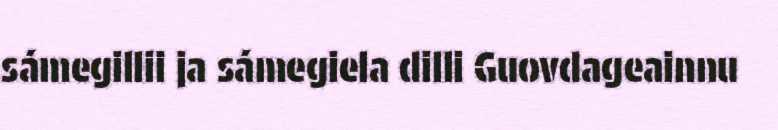
sámegillii ja sámegiela dilli Guovdageainnu